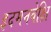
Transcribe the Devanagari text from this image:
इदमनवेक्षि